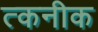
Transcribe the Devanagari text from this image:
त्कनीक